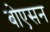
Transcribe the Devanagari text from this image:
बोएसन